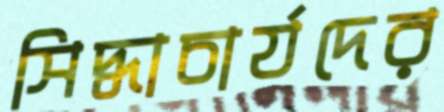
সিদ্ধাচার্যদের